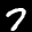
Label: 7